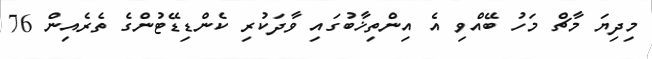
މިދިޔަ މާޗް މަހު ބޭއްވި އެ އިންތިޚާބުގައި ވާދަކުރި ކެންޑިޑޭޓުންގެ ތެރެއިން 76